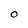
Character: O